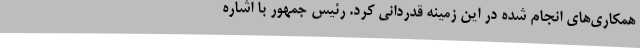
همکاری‌های انجام شده در این زمینه قدردانی کرد. رئیس جمهور با اشاره